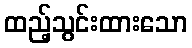
ထည့်သွင်းထားသော